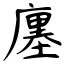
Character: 廛